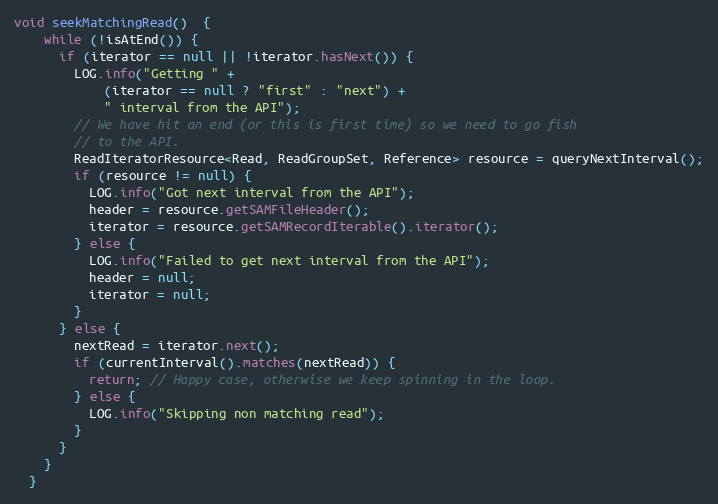
Language: Java
void seekMatchingRead()  {
    while (!isAtEnd()) {
      if (iterator == null || !iterator.hasNext()) {
        LOG.info("Getting " +
            (iterator == null ? "first" : "next") +
            " interval from the API");
        // We have hit an end (or this is first time) so we need to go fish
        // to the API.
        ReadIteratorResource<Read, ReadGroupSet, Reference> resource = queryNextInterval();
        if (resource != null) {
          LOG.info("Got next interval from the API");
          header = resource.getSAMFileHeader();
          iterator = resource.getSAMRecordIterable().iterator();
        } else {
          LOG.info("Failed to get next interval from the API");
          header = null;
          iterator = null;
        }
      } else {
        nextRead = iterator.next();
        if (currentInterval().matches(nextRead)) {
          return; // Happy case, otherwise we keep spinning in the loop.
        } else {
          LOG.info("Skipping non matching read");
        }
      }
    }
  }